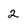
Character: 2